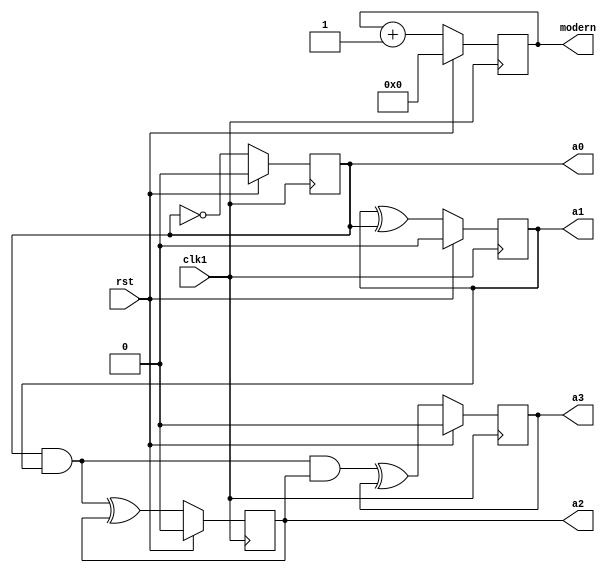
`timescale 1ns / 1ps
//////////////////////////////////////////////////////////////////////////////////
// Company: 
// Engineer: 
// 
// Design Name: 
// Module Name:    counter4bit 
// Project Name: 
// Target Devices: 
// Tool versions: 
// Description: 
//
// Dependencies: 
//
// Revision: 
// Revision 0.01 - File Created
// Additional Comments: 
//
//////////////////////////////////////////////////////////////////////////////////
module counter4bit(a0,a1,a2,a3, modern,rst,clk1);
    input rst, clk1;
    output reg a0;
    output reg a1;
    output reg a2;
    output reg a3;
	output reg[3:0] modern;
	
    always @(posedge clk1) begin
		if(rst) begin
			modern = 0;
			a3 = 0;
			a2 = 0;
			a1 = 0;
			a0 = 1'b0;
		end
		else begin
			a3 =((a0 & a1 & a2) ^ a3);
			a2 = ((a0 & a1) ^ a2);
			a1 = (a1 ^ a0);
			a0 = (~a0);
			modern = modern+1;
		end
    end
endmodule